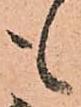
も